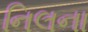
નિલના